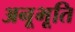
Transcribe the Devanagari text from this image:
अनूभूति